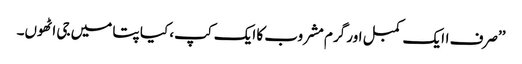
’’صرف اایک کمبل اور گرم مشروب کا ایک کپ، کیا پتا میں جی اٹھوں۔